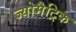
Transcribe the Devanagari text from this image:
ज्योमैट्रिक